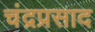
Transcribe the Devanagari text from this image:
चंद्रप्रसाद